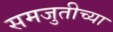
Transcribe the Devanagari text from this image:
समजुतीच्या